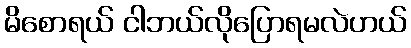
မိစောရယ် ငါဘယ်လိုပြောရမလဲဟယ်